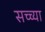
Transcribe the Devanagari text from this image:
सच्च्या